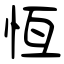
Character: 恆